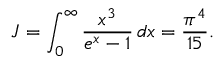
J = \int _ { 0 } ^ { \infty } { \frac { x ^ { 3 } } { e ^ { x } - 1 } } \, d x = { \frac { \pi ^ { 4 } } { 1 5 } } .